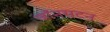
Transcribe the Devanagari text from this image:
जॉनसटन